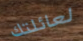
لعائلتك